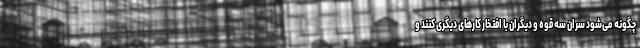
چگونه می‌شود سران سه قوه و دیگران با افتخار کارهای دیگری ‌کنند و